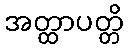
အတ္ထာပတ္တိ